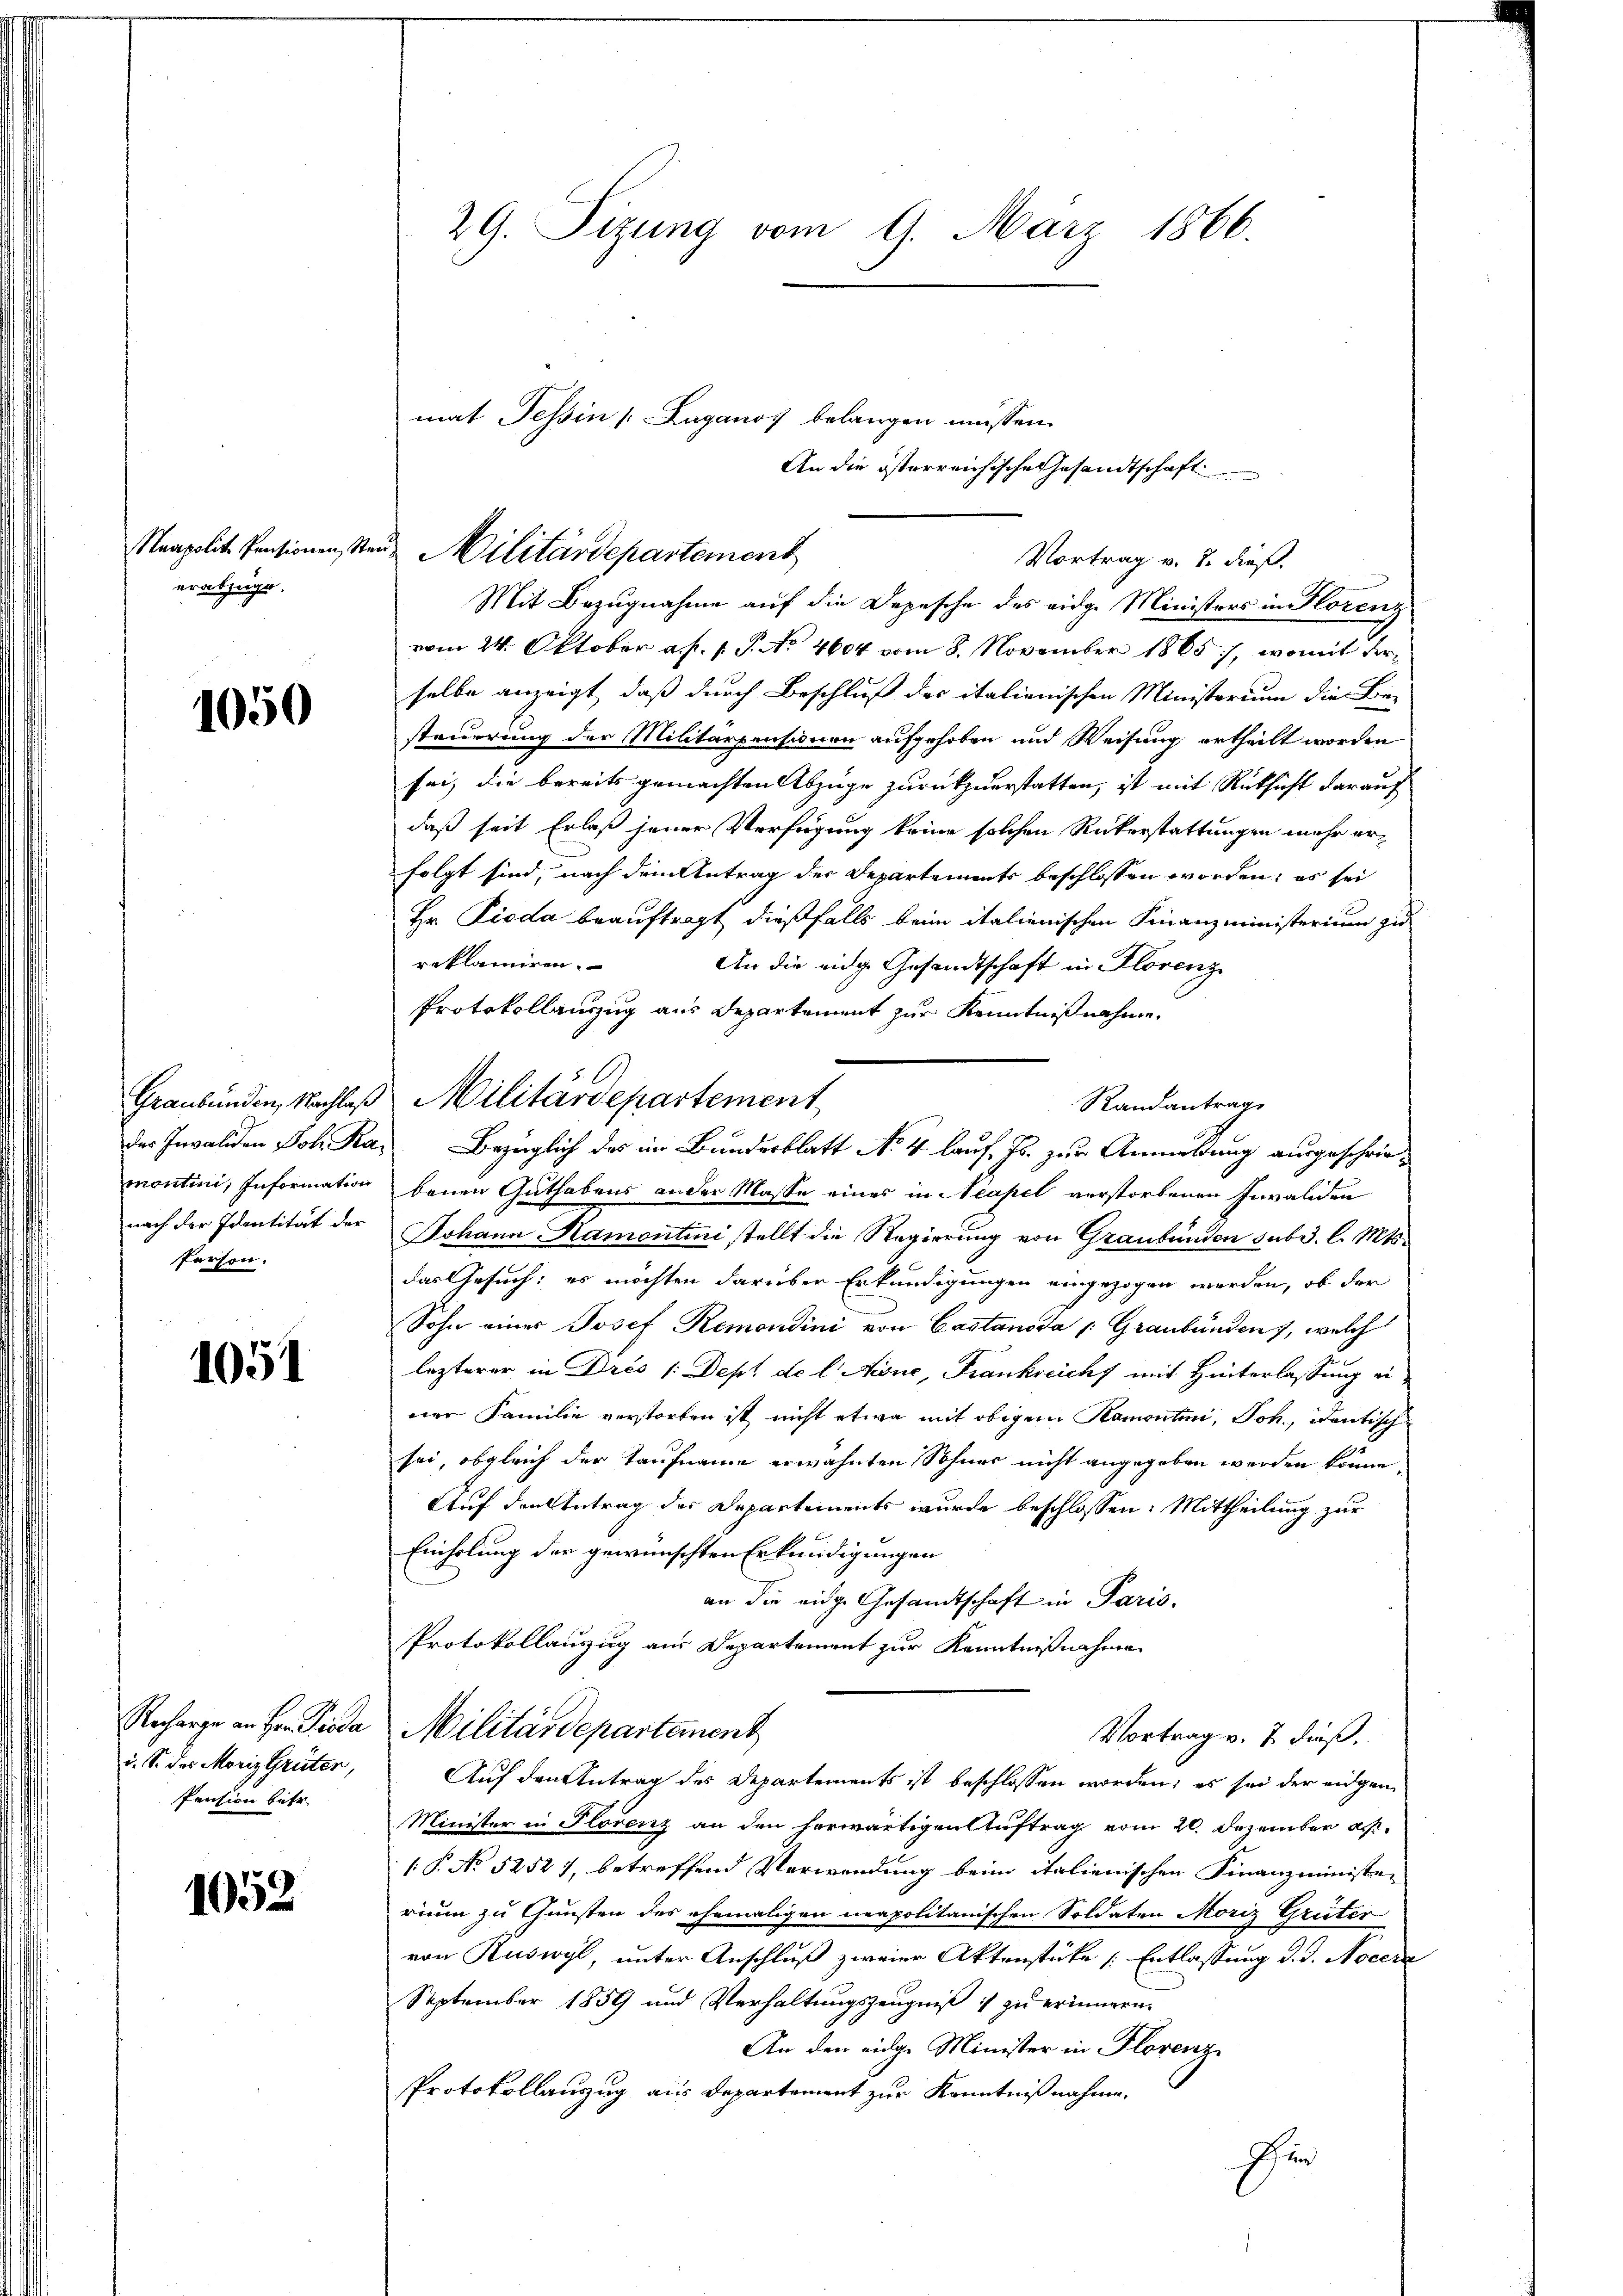
Neapolit. Pensionen, d
erabzüge.

1050

nach der Identität der
Person.

1051

u. S. des Moriz Grüter,
Pension betr.

1052

29. Tizung vom 9. März 1866.

mat Tessin [Luganos belangen müssen.

in Militärdepartement

Mit Bezugnahme auf die Depesche des eidg. Ministers in Florenz
vom 24. Oktober a. p. p. P. No 4604 vom 8. November 1865), womit derselbe anzeigt, daß durch Beschluß des italienischen Ministerium die Be-
steiderung der Militarpensionen aufgehoben und Weisung ertheilt worden
sei, die bereits gemachten Abzuge zurückzuerstatten, ist mit Rüksicht darauf
daß seit Erlaß jener Verfügung keine solchen Rükerstattungen mehr erfolgt sind, nach dem Antrag der Departements beschlossen worden; es sei
Hr. Pioda beauftragt dießfalls beim italienischen Finanzministerium zu
reklamiren.
An die eidge Gesandtschaft in Florenz
Protokollauszug aus Departement zur Kenntniß nehme.
montini, Information benen Guthabens ander Masse eines in Neapel verstorbenen Invaliden
Johann Hamontini stellt die Regierung von Graubünden sub 3. l. Mts.
das Gesuch; es möchten darüber Erkundigungen eingezogen werden, ob der
Sohn einer Josef Remontini von Castanoda /: Graubünden, welch
lezterer in Drès /:Dept de l Aigne, Frankreich mit Hinterlassung einer Familie verstorben ist nicht etwa mit obigem Ramontini, Joh. Dantisch
sei, obgleich der Taufname erwähnten Sohnes nicht angegeben werden könne,
Auf den Antrag des Departements wurde beschlossen: Mittheilung zur
Einholung der gewünschten Erkundigungen
an die eidge Gesandtschaft in Paris.
Protokollauszug aus Departement zur Kenntnißnahme
Recharge an Hr. Pioda Militärdepartement
Vortrag v. 2. dieß.
Auf den Antrag des Departements ist beschlossen worden, es sei der eidgen
Minister in Florenz an den herwärtigen Auftrag vom 20. Dezember ass
1 P. No 5252), betreffend Verwendung beim italienischen Finanzminister
rium zu Gunsten des ehemaligen neapolitanischen Soldaten Moriz Grüter
von Ruswyl, unter Anschluß zweier Aktenstüke (Entlassung d. J. Nocere
September 1859 und Verhaltungszeugniß zu erinnern,
An den eige Minister in Florenz
Protokollauszug aus Departement zur Kenntnißnahme.
Ihren

An die österreichische Gesandtschaft

Vortrag v. 7. dieß.

Graubünden, Nachlaß Militärdepartement
Randantrage
des Invaliden Joh. Ras Bezüglich des im Bundesblatt No 4 lauf. Js. zur Anmeldung ausgeschrie¬